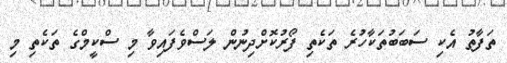
ތަފާތު އެކި ސަބަބުތަކާހުރެ ތަކެތި ފޯރުކޮށްދިނުން ލަސްވެފައިވާ މި ސްކީމްގެ ތަކެތި މި